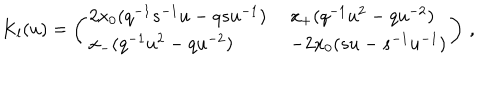
LaTeX: K _ { l } ( u ) = \left( \begin{array} { l l } { { 2 x _ { 0 } ( q ^ { - 1 } s ^ { - 1 } u - q s u ^ { - 1 } ) \; } } & { { x _ { + } ( q ^ { - 1 } u ^ { 2 } - q u ^ { - 2 } ) } } \\ { { x _ { - } ( q ^ { - 1 } u ^ { 2 } - q u ^ { - 2 } ) \; } } & { { - 2 x _ { 0 } ( s u - s ^ { - 1 } u ^ { - 1 } ) } } \\ \end{array} \right) \, ,